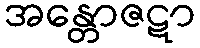
အန္တောဇဋာ